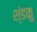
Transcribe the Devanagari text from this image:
श्ंडकु